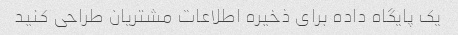
یک پایگاه داده برای ذخیره اطلاعات مشتریان طراحی کنید